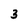
Character: 3